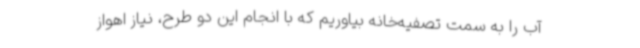
آب را به سمت تصفیه‌خانه بیاوریم که با انجام این دو طرح، نیاز اهواز